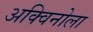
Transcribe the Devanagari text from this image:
अक्विनोला